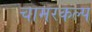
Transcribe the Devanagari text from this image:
चामरकल्प